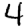
Digit: 4